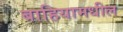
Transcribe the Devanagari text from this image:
बाहियामधील